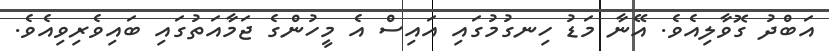
އަބްދު ގޮވާލިއެވެ. އޭނާ މަޑު ހިނގުމުގައި އައިސް އެ މީހުންގެ ޖަމާއަތުގައި ބައިވެރިވިއެވެ.